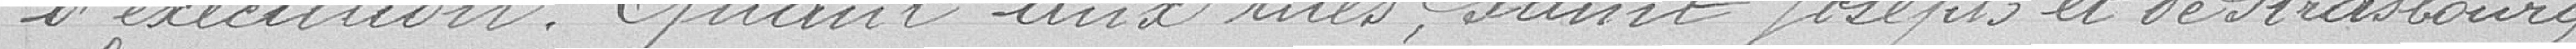
d'exécution. Quant aux rues Saint Joseph et de Strasbourg,